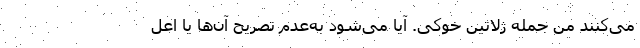
می‌کنند من جمله ژلاتین خوکی. آیا می‌شود به‌عدم تصریح آن‌ها یا اعل